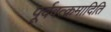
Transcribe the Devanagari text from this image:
पूर्ववत्क्रमादिति